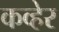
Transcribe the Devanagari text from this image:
कव्हेर